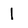
Character: 1